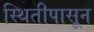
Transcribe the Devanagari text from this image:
स्थितीपासून